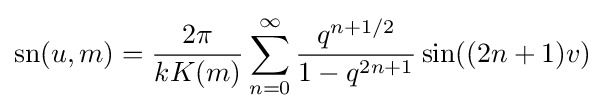
\operatorname {sn} (u,m)={\frac {2\pi }{kK(m)}}\sum _{n=0}^{\infty }{\frac {q^{n+1/2}}{1-q^{2n+1}}}\sin((2n+1)v)